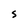
Character: S